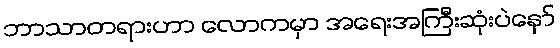
ဘာသာတရားဟာ လောကမှာ အရေးအကြီးဆုံးပဲနော်